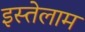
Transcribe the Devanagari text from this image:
इस्तेलाम